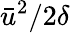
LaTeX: \bar{u}^{2}/2\delta